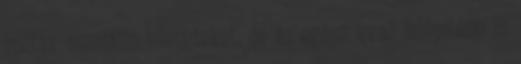
hoztak zseniális jeleneteket, de az egész évad felépítése is